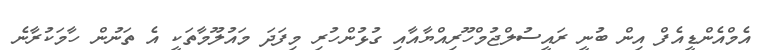
އެމްއެންޑީއެފް އިން ބުނީ ރައީސުލްޖުމްހޫރިއްޔާއާއި ގުޅުންހުރި މިފަދަ މައުލޫމާތަކީ އެ ތަނުން ހާމަކުރާނެ